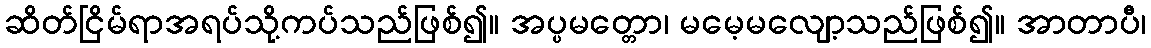
ဆိတ်ငြိမ်ရာအရပ်သို့ကပ်သည်ဖြစ်၍။ အပ္ပမတ္တော၊ မမေ့မလျော့သည်ဖြစ်၍။ အာတာပီ၊